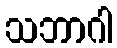
သဘာဂါ